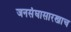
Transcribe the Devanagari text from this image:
जनसंघासारखाच